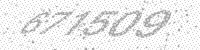
Solution: 671509